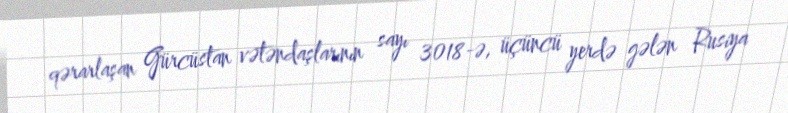
qərarlaşan Gürcüstan vətəndaşlarının sayı 3018-ə, üçüncü yerdə gələn Rusiya